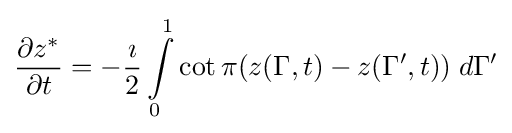
{\frac {\partial z^{*}}{\partial t}}=-{\frac {\imath }{2}}\int \limits _{0}^{1}\cot \pi (z(\Gamma ,t)-z(\Gamma ',t))\;d\Gamma '